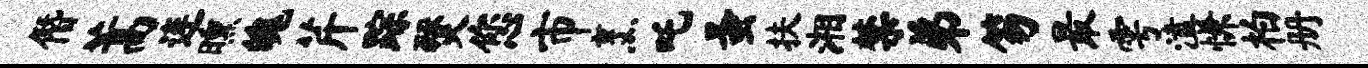
僭蒿连曛魄芹踪燹您市烹吒蚤扶湘禁弟笏最雩溘慊柏册